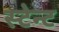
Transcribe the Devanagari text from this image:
स्टेन्ट